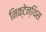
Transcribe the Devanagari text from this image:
निक्टेन्थिस